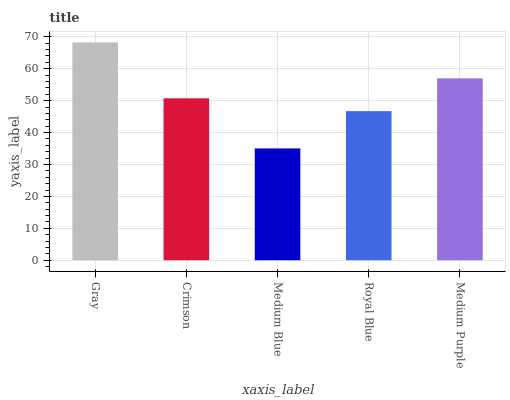
| xaxis_label | bars |
 | --- | --- |
 | Gray | 68.3 |
 | Crimson | 50.7 |
 | Medium Blue | 35 |
 | Royal Blue | 46.7 |
 | Medium Purple | 57 |